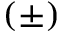
( \pm )